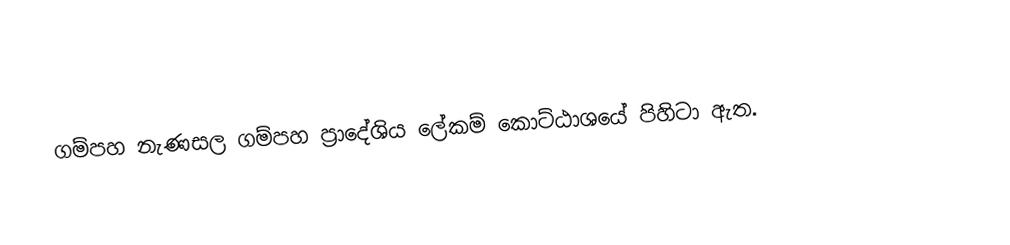
ගම්පහ නැණසල ගම්පහ ප්‍රාදේශිය ලේකම් කොට්ඨාශයේ පිහිටා ඇත.